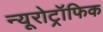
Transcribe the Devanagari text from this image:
न्यूरोट्रॉफिक